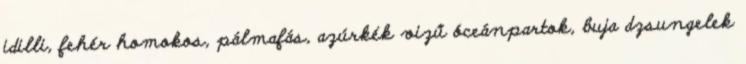
idilli, fehér homokos, pálmafás, azúrkék vizű óceánpartok, buja dzsungelek